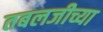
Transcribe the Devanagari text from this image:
तबलजीच्या